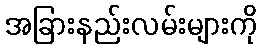
အခြားနည်းလမ်းများကို